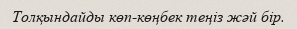
Толқындайды көп-көңбек теңіз жәй бір.